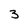
Character: 3